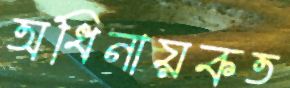
অধিনায়কত